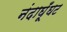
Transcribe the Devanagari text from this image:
नंदाघूँघट